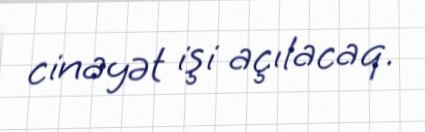
cinayət işi açılacaq.